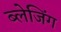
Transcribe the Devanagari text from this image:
ब्लेजिंग